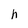
Character: h